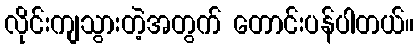
လိုင်းကျသွားတဲ့အတွက် တောင်းပန်ပါတယ်။